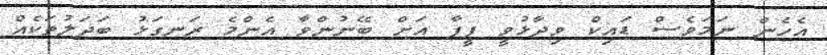
އެހެން ނަމަވެސް ޑައިކް ވިދާޅުވީ ފީފާ އަށް ބޭނުންވާ އެންމެ ރަނގަޅު ބަދަލުތަކެއް